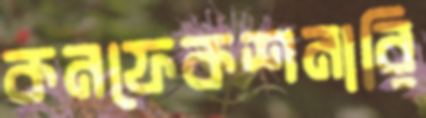
কনফেকশনারি